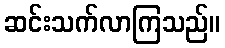
ဆင်းသက်လာကြသည်။